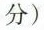
分)